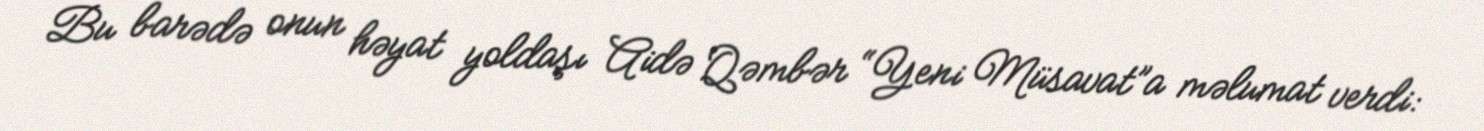
Bu barədə onun həyat yoldaşı Aidə Qəmbər “Yeni Müsavat”a məlumat verdi: